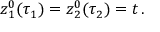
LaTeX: z _ { 1 } ^ { 0 } ( \tau _ { 1 } ) = z _ { 2 } ^ { 0 } ( \tau _ { 2 } ) = t \, .